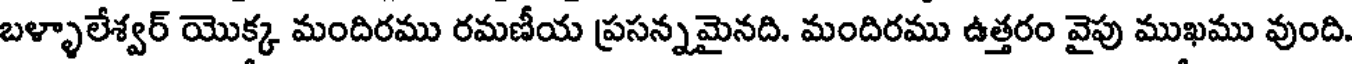
బళ్ళాలేశ్వర్ యొక్క మందిరము రమణీయ ప్రసన్నమైనది. మందిరము ఉత్తరం వైపు ముఖము వుంది.